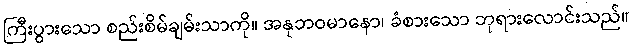
ကြီးပွားသော စည်းစိမ်ချမ်းသာကို။ အနုဘဝမာနော၊ ခံစားသော ဘုရားလောင်းသည်။